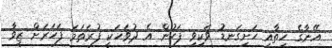
އޭނާގެ ހިތާއި ހަށިގަނޑު ވަކިވި ފަހުން އެ ދުވަހަކީ ފުރަތަމަ ފަހަރަށް ޒީވާ